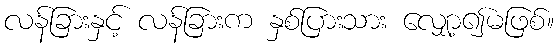
လန်ခြားနှင့် လန်ခြားက နှစ်ပြားသား လျှော့၍မဖြစ်။